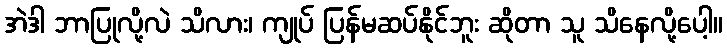
အဲဒါ ဘာပြုလို့လဲ သိလား၊ ကျုပ် ပြန်မဆပ်နိုင်ဘူး ဆိုတာ သူ သိနေလို့ပေါ့။